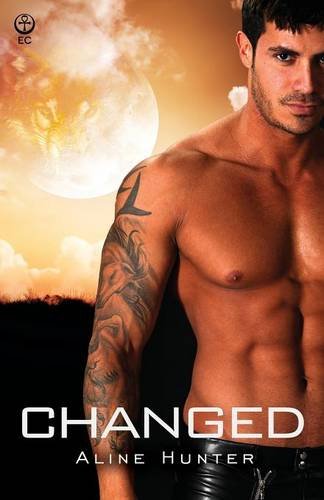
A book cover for Changed (Wolf's Den) (Volume 2); Aline Hunter; Romance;